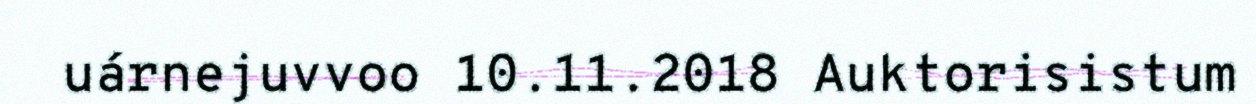
uárnejuvvoo 10.11.2018 Auktorisistum